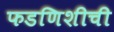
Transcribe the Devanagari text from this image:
फडणिशीची